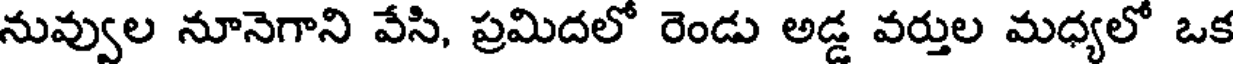
నువ్వుల నూనెగాని వేసి, ప్రమిదలో రెండు అడ్డ వర్తుల మధ్యలో ఒక